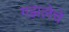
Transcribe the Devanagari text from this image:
गझलेचे